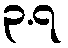
၃.၇